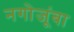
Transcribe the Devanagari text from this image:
नगोजूंबा